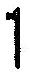
1